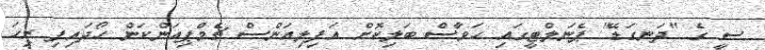
ސީ ގެ "ދަނގަޑޭ" ޕެނަލްޓީގައި ހަވާސް ބަލިކޮށް އަފިލިއަންސް ޗެމްޕިއަންކަން ހޯދައިފި ރިހަ